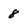
Character: 8